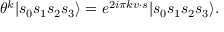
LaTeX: \theta ^ { k } | s _ { 0 } s _ { 1 } s _ { 2 } s _ { 3 } \rangle = e ^ { 2 i \pi k v \cdot s } | s _ { 0 } s _ { 1 } s _ { 2 } s _ { 3 } \rangle .